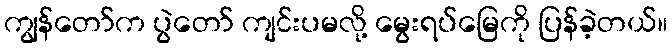
ကျွန်တော်က ပွဲတော် ကျင်းပမလို့ မွေးရပ်မြေကို ပြန်ခဲ့တယ်။